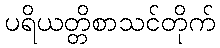
ပရိယတ္တိစာသင်တိုက်